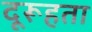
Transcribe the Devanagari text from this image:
दूरूहता